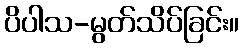
ပိပါသ-မွတ်သိပ်ခြင်း။